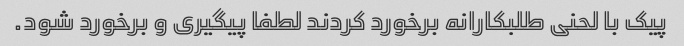
پیک با لحنی طلبکارانه برخورد کردند لطفا پیگیری و برخورد شود.